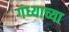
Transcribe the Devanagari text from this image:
गंध्याच्या